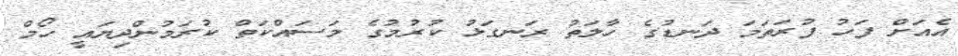
އެއަށް ފަހު ފުރަތަމަ ދަނޑުގެ ހާލަތު ރަނގަޅު ކުރުމުގެ މަސައްކަތް ކުރަމުންދިޔައީ ހޯމް